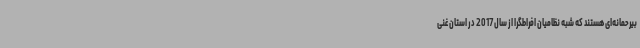
بیرحمانه‌ای هستند که شبه نظامیان افراطگرا از سال 2017 در استان غنی